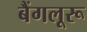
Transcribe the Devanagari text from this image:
बैंगलूरू